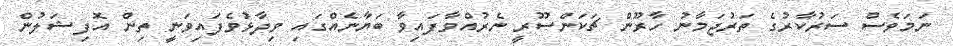
ނަމަވެސް ސަރުކާރުގެ ތަރުޖަމާނު ހާރޫން ޗަކަންސޫރީ ނެރުއްވާފައިވާ ބަޔާނެއްގައި ވިދާޅުވެފައިވަނީ ތިން އޮފިޝަލުން